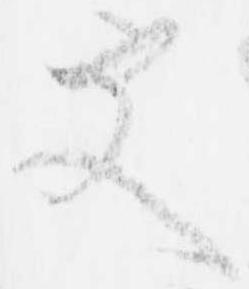
更